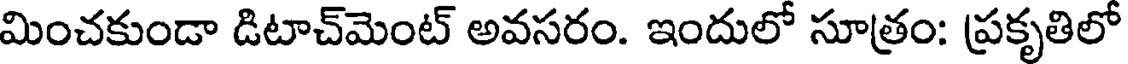
మించకుండా డిటాచ్మెంట్ అవసరం. ఇందులో సూత్రం: ప్రకృతిలో